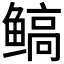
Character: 𱈋